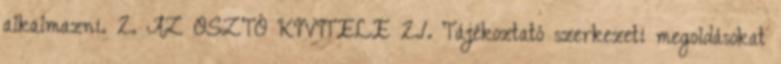
alkalmazni. 2. AZ OSZTÓ KIVITELE 2.1. Tájékoztató szerkezeti megoldásokat